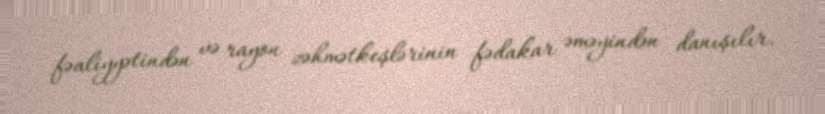
fəaliyyətindən və rayon zəhmətkeşlərinin fədakar əməyindən danışılır.